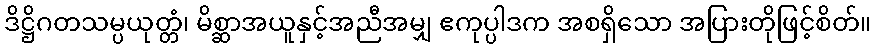
ဒိဋ္ဌိဂတသမ္ပယုတ္တံ၊ မိစ္ဆာအယူနှင့်အညီအမျှ ဧကုပ္ပါဒက အစရှိသော အပြားတိုဖြင့်စိတ်။